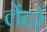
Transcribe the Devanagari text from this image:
लेंटो